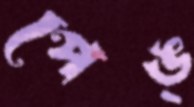
পেঙ্